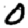
Digit: 0